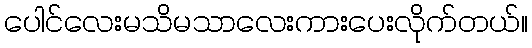
ပေါင်လေးမသိမသာလေးကားပေးလိုက်တယ်။